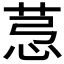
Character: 𦯡